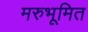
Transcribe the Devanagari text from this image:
मरुभूमित